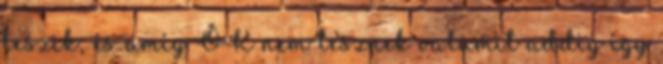
teszik, és amíg ŐK nem tesznek valamit addig így